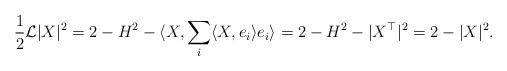
LaTeX: \begin{align*}\aligned\frac{1}{2}\mathcal{L}|X|^{2}=2-H^{2}-\langle X,\sum_{i}\langle X,e_{i}\rangle e_{i}\rangle=2-H^{2}-|X^{\top}|^{2}=2-|X|^{2}.\endaligned\end{align*}